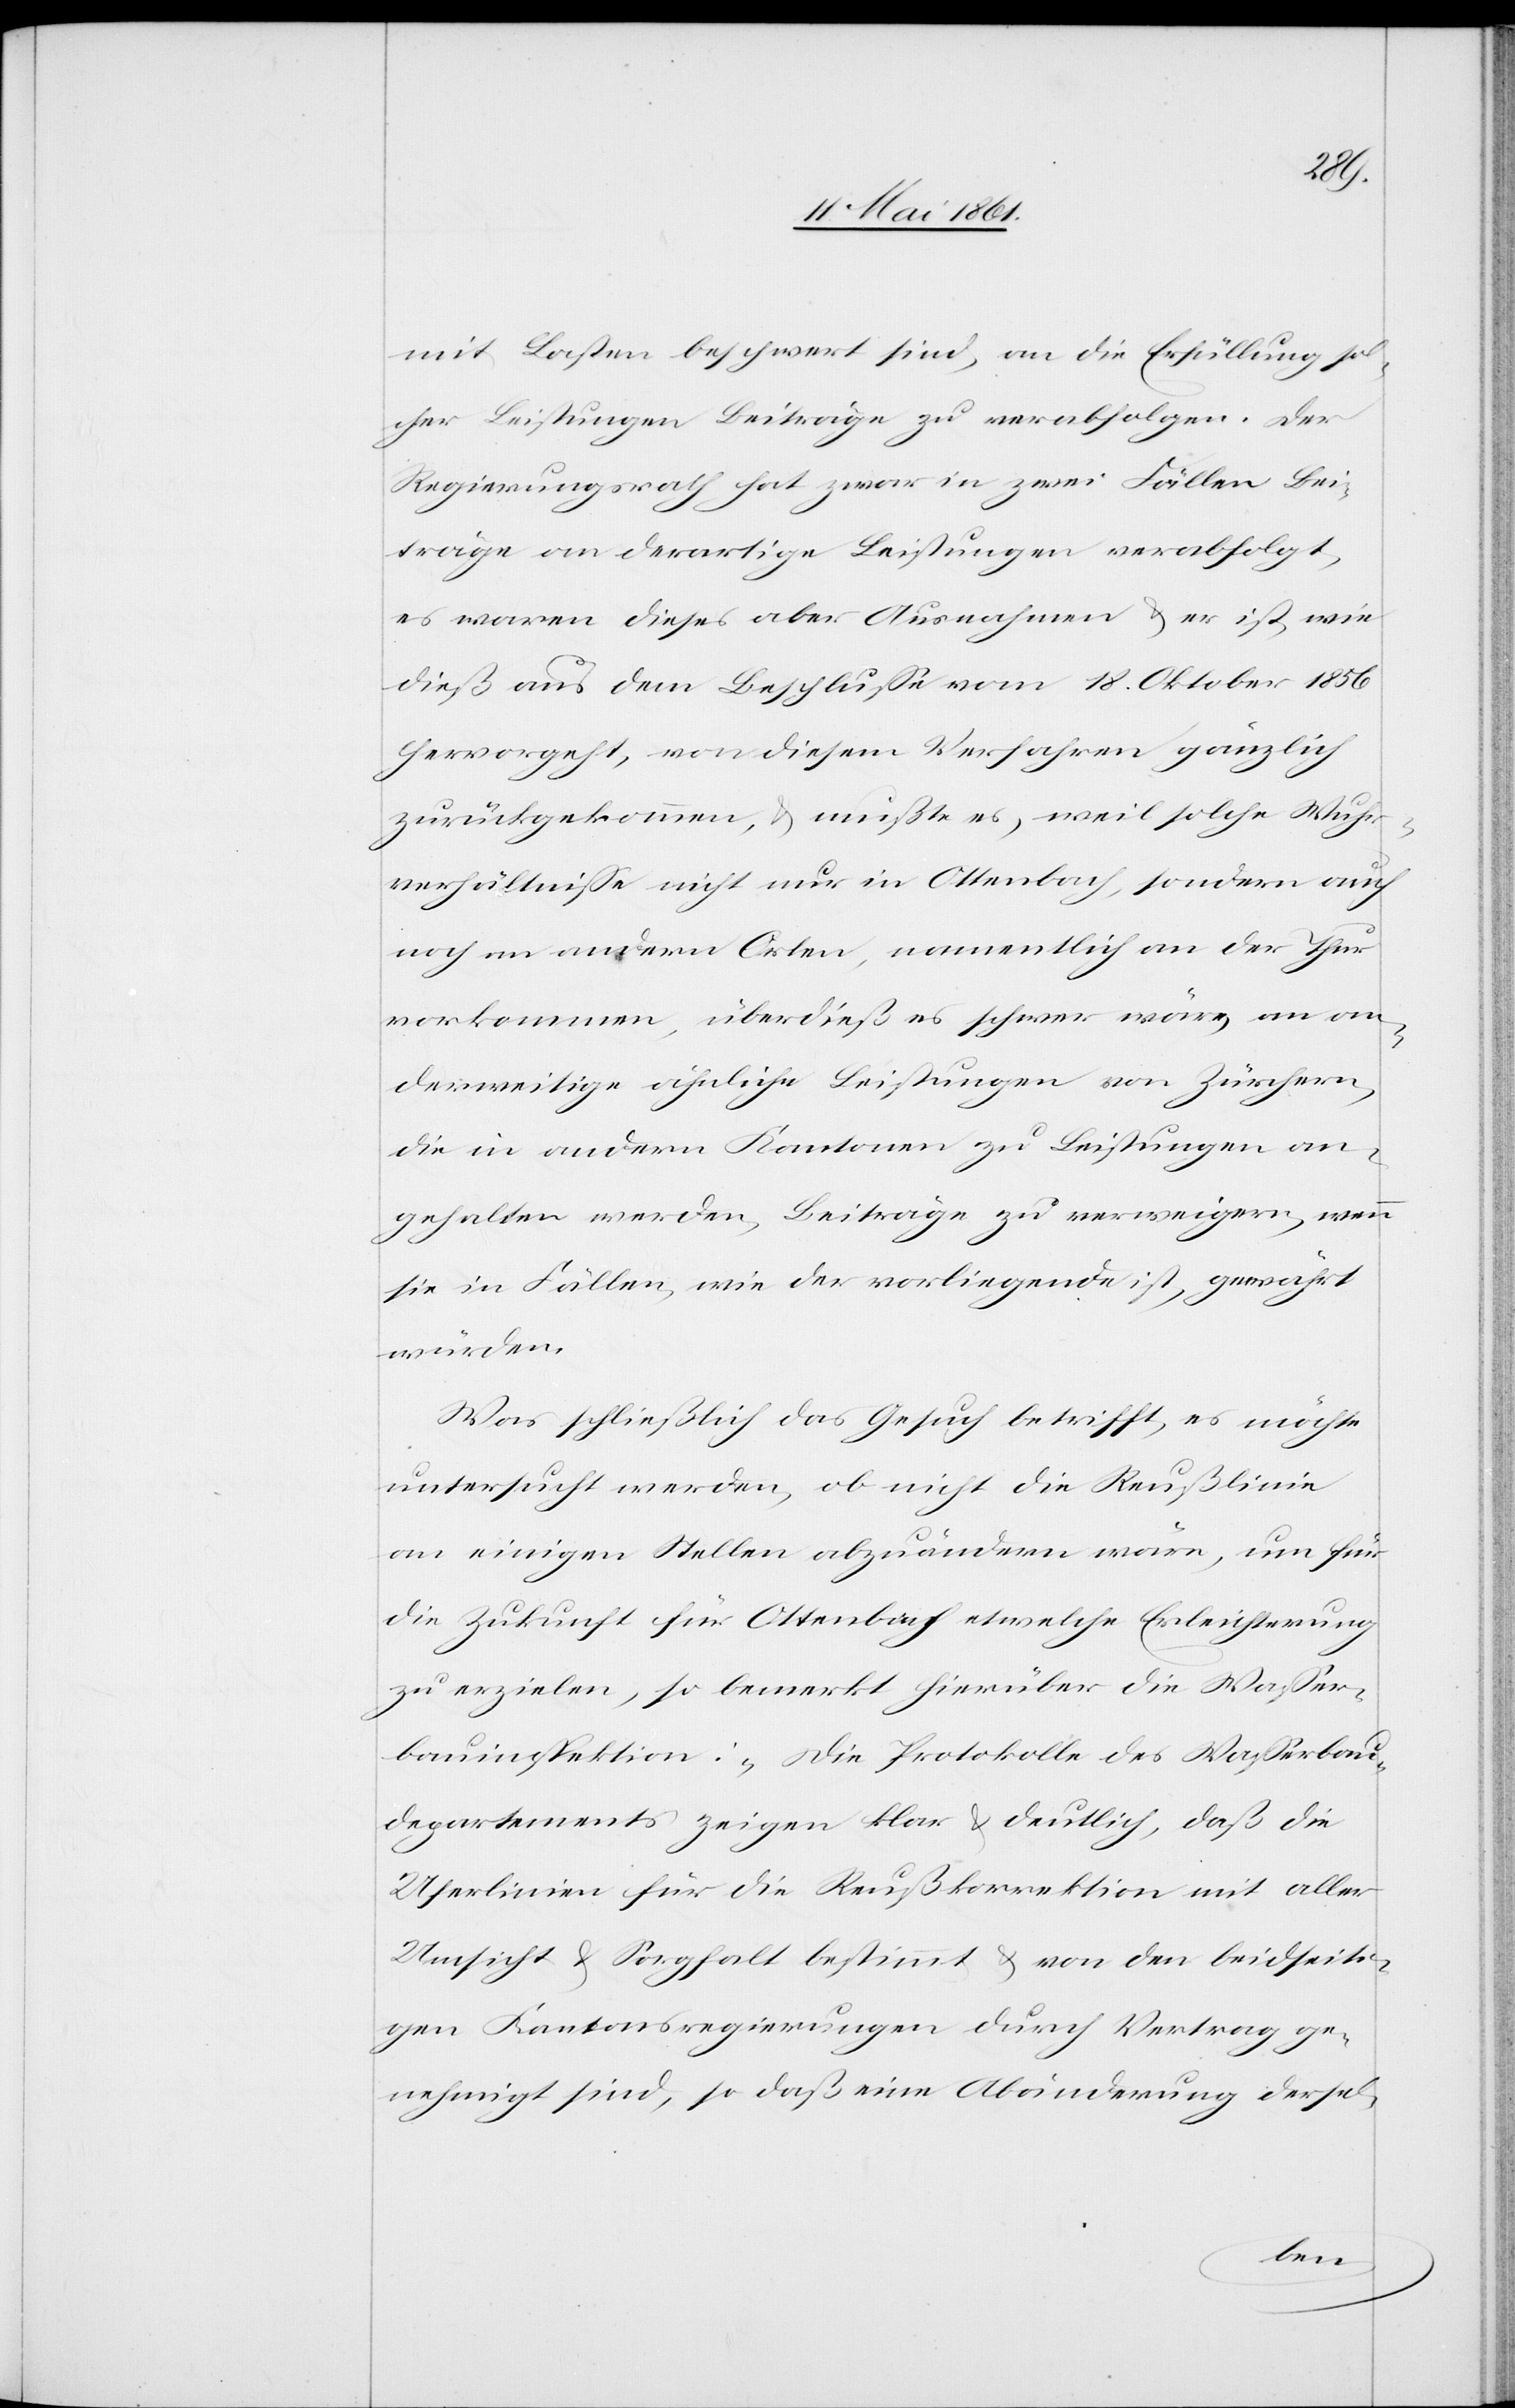
mit Lasten beschwert sind, an die Erfüllung sol¬
cher Leistungen Beiträge zu verabfolgen. Der
Regierungsrath hat zwar in zwei Fällen Bei¬
träge an derartige Leistungen verabfolgt,
es waren diese aber Ausnahmen u. er ist, wie
dieß aus dem Beschlusse vom 18. Oktober 1856
hervorgeht, von diesem Verfahren gänzlich
zurückgekommen, u. müßte es, weil solche Wuhr¬
verhältnisse nicht nur in Ottenbach, sondern auch
noch an andern Orten, namentlich an der Thur
vorkommen, überdieß es schwer wäre, an an¬
derweitige ähnliche Leistungen von Zürchern,
die in andern Kantonen zu Leistungen an¬
gehalten werden, Beiträge zu verweigern, wenn
sie in Fällen, wie der vorliegende ist, gewährt
würden.
Was schließlich das Gesuch betrifft, es möchte
untersucht werden, ob nicht die Reußlinie
an einigen Stellen abzuändern wäre, um für
die Zukunft für Ottenbach etwelche Erleichterung
zu erzielen, so bemerkt hierüber die Wasser¬
bauinspektion: „Die Protokolle des Wasserbau¬
departements zeigen klar u. deutlich, daß die
Uferlinien für die Reußkorrektion mit aller
Umsicht u. Sorgfalt bestimmt u. von den beidseiti¬
gen Kantonsregierungen durch Vertrag ge¬
nehmigt sind, so daß eine Abänderung dersel-